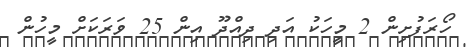
ހޯރަފުށިން 2 މީހަކު އަދި ދިއްދޫ އިން 25 ވަރަކަށް މީހުން